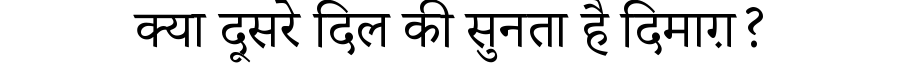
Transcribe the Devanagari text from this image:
क्या दूसरे दिल की सुनता है दिमाग़?